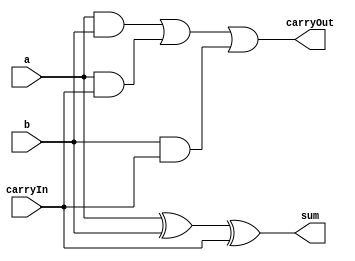
module fulladd (carryIn, a, b, sum, carryOut);
	input carryIn, a, b;
	output sum, carryOut;

	assign sum = a ^ b ^ carryIn;
	assign carryOut = ( a & b ) | ( a & carryIn ) | ( b & carryIn );
endmodule

module adder4 (carryIn, a, b, sum, carryOut);
	input carryIn;
	input [3:0] a, b;
	output [3:0] sum;
	output carryOut;
	wire [2:0] tmp;

	fulladd q0 (carryIn, a[0], b[0], sum[0], tmp[0]);
	fulladd q1 (tmp[0], a[1], b[1], sum[1], tmp[1]);
	fulladd q2 (tmp[1], a[2], b[2], sum[2], tmp[2]);
	fulladd q3 (tmp[2], a[3], b[3], sum[3], carryOut);
endmodule

module adder16 (carryIn, a, b, sum, carryOut);
	input carryIn;
	input [15:0] a, b;
	output [15:0] sum;
	output carryOut;
	wire [2:0] tmp;

	adder4 q0 (carryIn, a[3:0], b[3:0], sum[3:0], tmp[0]);
	adder4 q1 (tmp[0], a[7:4], b[7:4], sum[7:4], tmp[1]);
	adder4 q2 (tmp[1], a[11:8], b[11:8], sum[11:8], tmp[2]);
	adder4 q3 (tmp[2], a[15:12], b[15:12], sum[15:12], carryOut);
endmodule

module adder64 (carryIn, a, b, sum, carryOut);
	input carryIn;
	input [63:0] a, b;
	output [63:0] sum;
	output carryOut;
	wire [2:0] tmp;

	adder16 q0 (carryIn, a[15:0], b[15:0], sum[15:0], tmp[0]);
	adder16 q1 (tmp[0], a[31:16], b[31:16], sum[31:16], tmp[1]);
	adder16 q2 (tmp[1], a[47:32], b[47:32], sum[47:32], tmp[2]);
	adder16 q3 (tmp[2], a[63:48], b[63:48], sum[63:48], carryOut);
endmodule